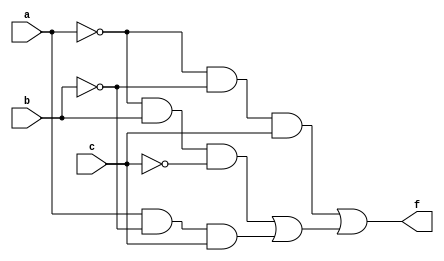
module combinational_logic_block (
    input wire a,          // Input variable A
    input wire b,          // Input variable B
    input wire c,          // Input variable C
    output wire f          // Output of Boolean function f
);

    // Truth Table: f(a, b, c) = (1, 2, 5, 6)  => Output is 1 for minterms 1, 2, 5, and 6
    // Prime implicants derived for simplification
    // Essential prime implicants: cover specific minterms uniquely

    wire p1, p2, e1, e2;

    // Define prime implicants based on the truth table (example logic)
    assign p1 = (~a & ~b & c);  // Covers minterm 1 (001)
    assign p2 = (~a & b & ~c);   // Covers minterm 2 (010)
    assign p3 = (a & ~b & c);    // Covers minterm 5 (101)
    assign p4 = (a & b & ~c);     // Covers minterm 6 (110)

    // Identify essential prime implicants
    assign e1 = p1; // e1 is an essential implicant (for minterm 1)
    assign e2 = p2 | p3; // e2 covers minterm 2 and minterm 5 but is essential with simplified logic

    // Final output combining essential prime implicants logically
    assign f = e1 | e2;

endmodule